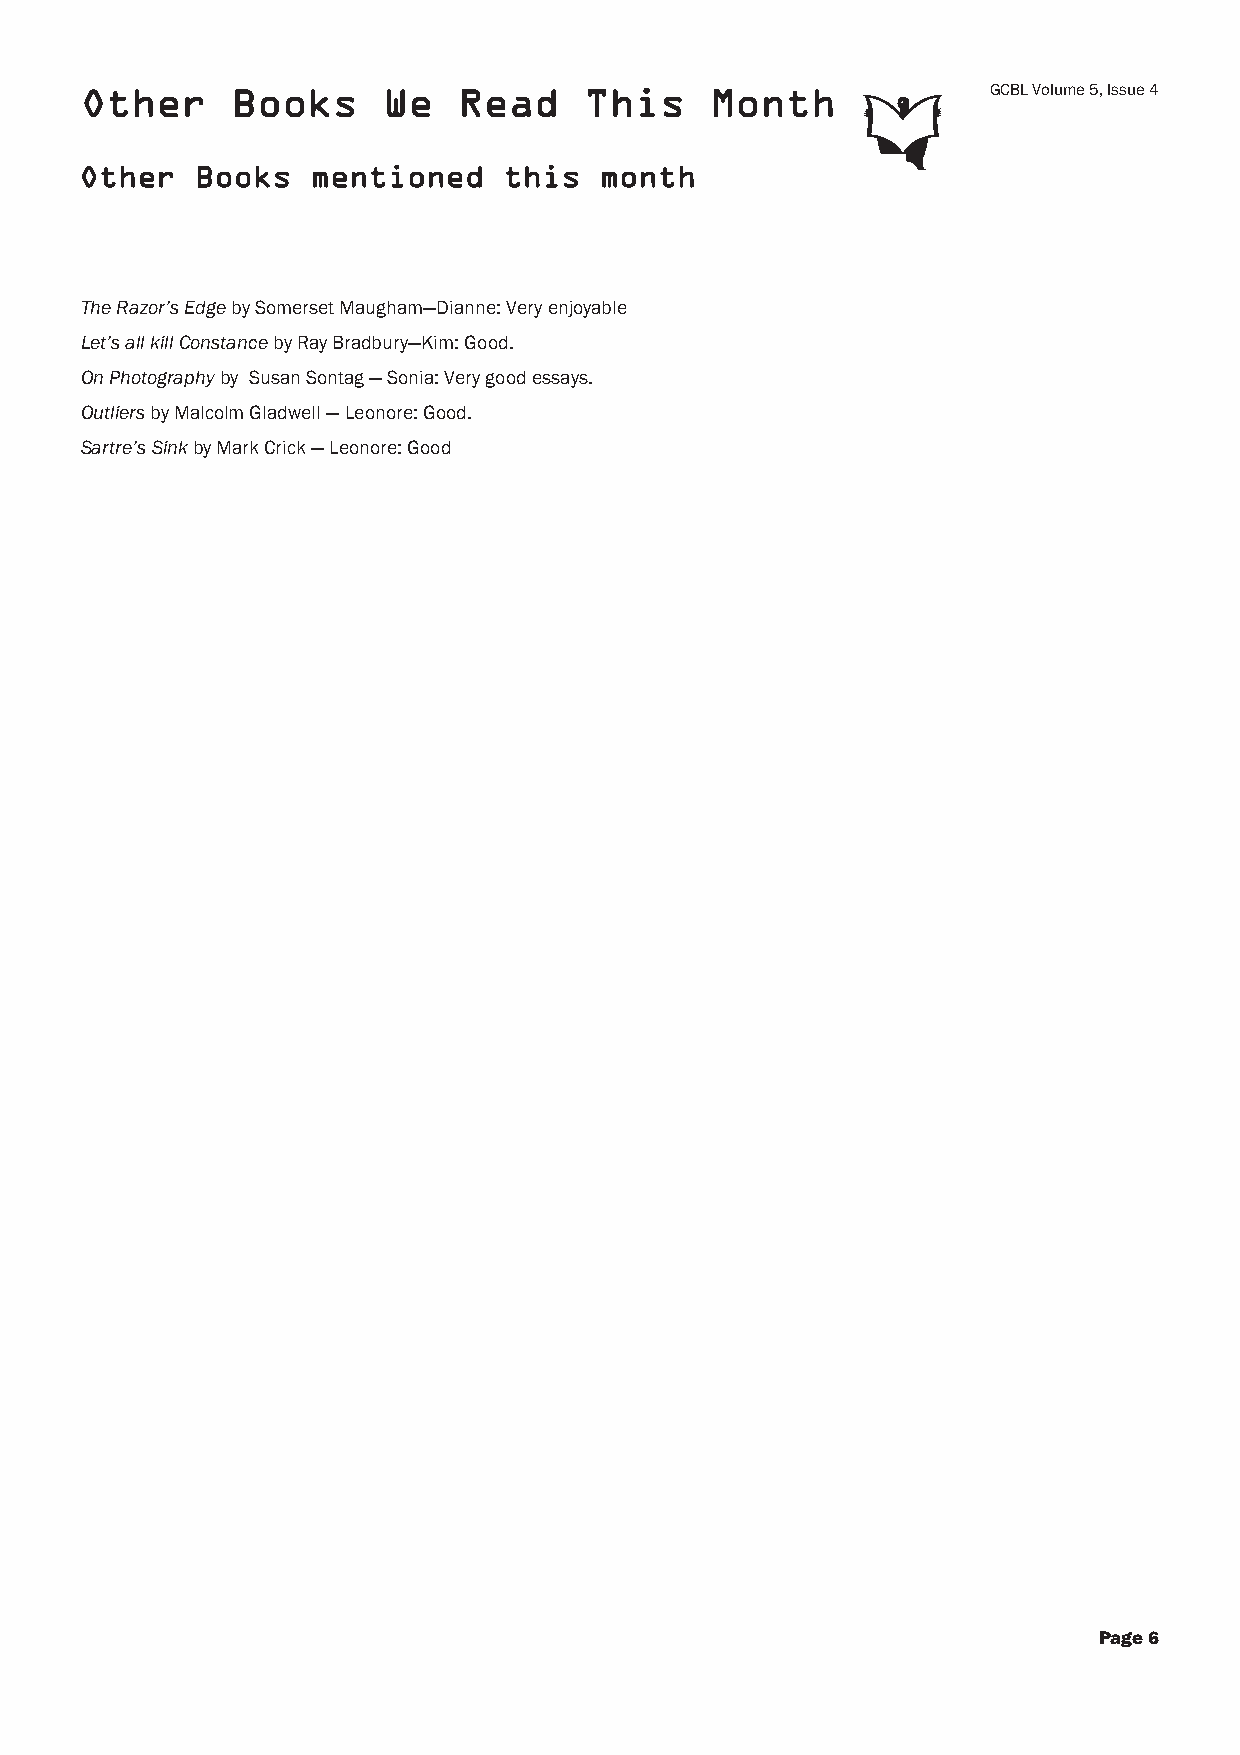
Other     Books     We   Read     This    Month              GCBL Volume 5, Issue 4
 Other   Books   mentioned   this   month
 The Razor’s Edge by Somerset Maugham—Dianne: Very enjoyable
 Let’s all kill Constance by Ray Bradbury—Kim: Good.
 On Photography by Susan Sontag — Sonia: Very good essays.
 Outliers by Malcolm Gladwell — Leonore: Good.
 Sartre’s Sink by Mark Crick — Leonore: Good
 Page 6